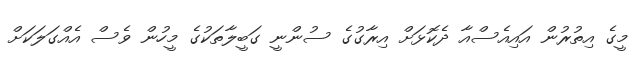
މީގެ އިތުރުން އައިއެސްއާ ދެކޮޅަށް އިރާގުގެ ސުންނީ ގަބީލާތަކުގެ މީހުން ވެސް އެއްގަލަކަށް